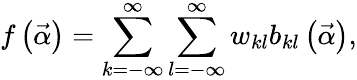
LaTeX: f\left(\vec{\alpha}\right)=\sum_{k=-\infty}^{\infty}\sum_{l=-\infty}^{\infty}w_{kl}b_{kl}\left(\vec{\alpha}\right),